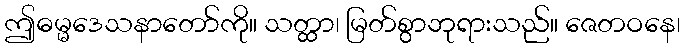
ဤဓမ္မဒေသနာတော်ကို။ သတ္ထာ၊ မြတ်စွာဘုရားသည်။ ဇေတဝနေ၊